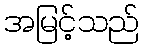
အမြင့်သည်